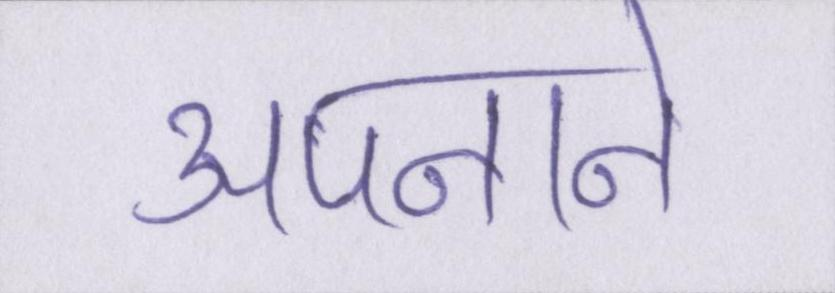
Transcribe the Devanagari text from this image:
अपनाने